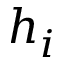
h _ { i }